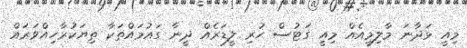
މިއީ ޅަދާނަ މާލިމީއެއް މިއީ ގަޓުސް ހުރި ލީޑަރެއް ދީނާ ގައުމައްތަކާ ތިޔަކުރާހިއްވަރައް